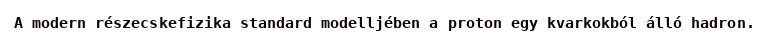
A modern részecskefizika standard modelljében a proton egy kvarkokból álló hadron.